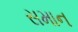
સમાન